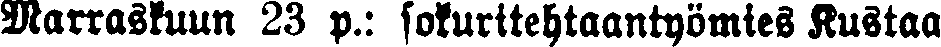
Marraskuun 23 p.: sokuritehtaantyömies Kustaa